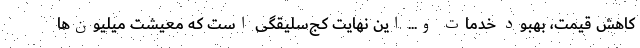
کاهش قیمت، بهبود خدمات و... این نهایت کج‌سلیقگی است که معیشت میلیون‌ها